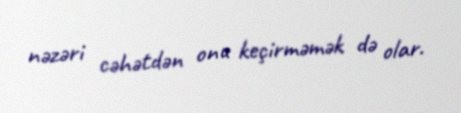
nəzəri cəhətdən onu keçirməmək də olar.